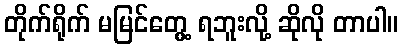
တိုက်ရိုက် မမြင်တွေ့ ရဘူးလို့ ဆိုလို တာပါ။